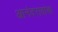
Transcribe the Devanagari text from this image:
आनंदरावांचा